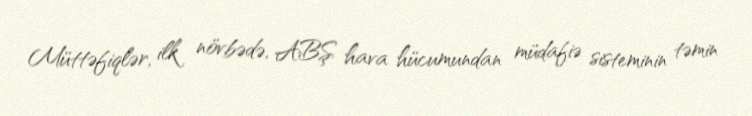
Müttəfiqlər, ilk növbədə, ABŞ hava hücumundan müdafiə sisteminin təmin